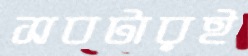
সবটারই